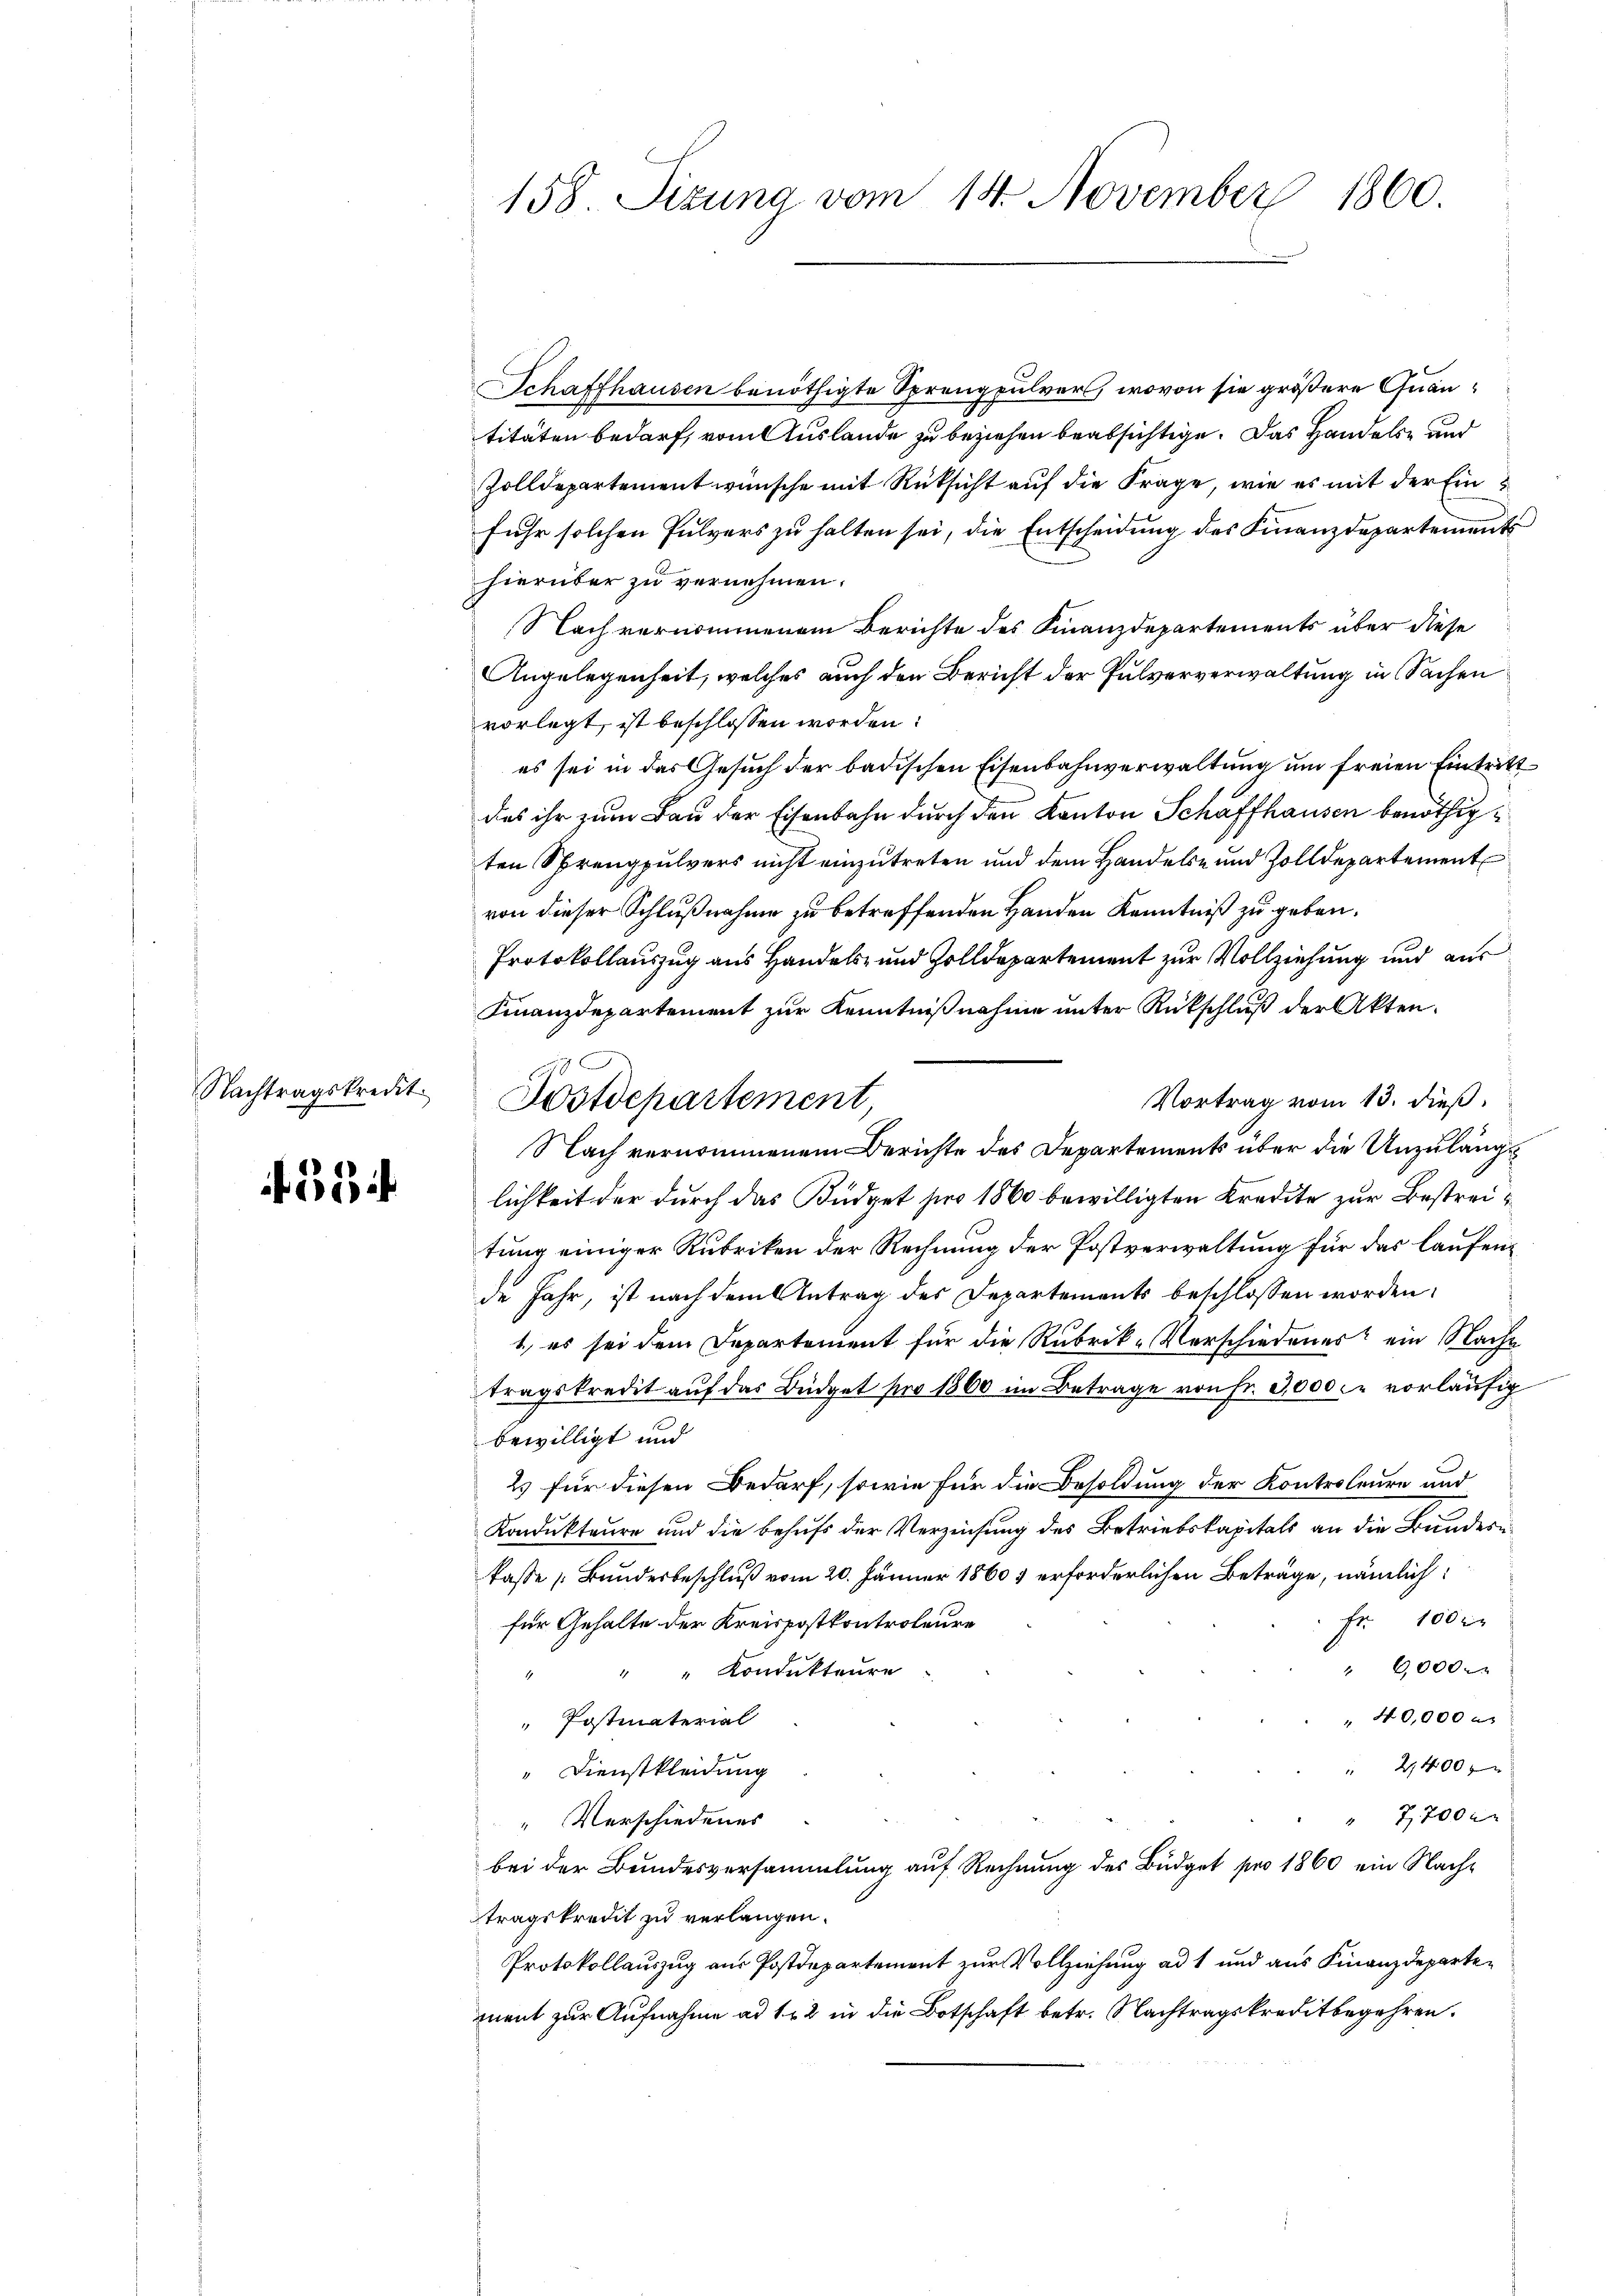
Nachtragskredit.

554

158. Sizung vom 14. November 1860.

Schaffhausen benöthigte Sprengpulvers, wovon sie größere Quantitäten bedarf, vom Auslande zu beziehen beabsichtige. Das Handels- und
Zolldepartement wünsche mit Rücksicht auf die Frage, wie es mit der Einfuhr solchen Pulvers zu halten sei, die Entscheidung des Finanzdepartements
hierüber zu vernehmen.
Nach vernommenen Berichte des Finanzdepartements über diese
Angelegenheit, welches auch den Bericht der Pulververwaltung in Sachen
vorlegt, ist beschlossen worden:
es sei in das Gesuch der badischen Eisenbahnverwaltung um freien Eintritt
des ihr zum Bau der Eisenbahn durch den Kanton Schaffhausen benöthigten Sprengpulvers nicht einzutreten und dem Handels- und Zolldepartement
von dieser Schlußnahme zu betreffenden Handen Kenntniß zu geben.
Protokollauszug aus Handels- und Zolldepartement zur Vollziehung und aus
Finanzdepartement zur Kenntnißnahme unter Rückschluß der Akten.
Vortrag vom 13. dieß.
Nach vernommenem Berichte des Departements über die Unzulängs
lichkeit der durch das Büdget pro 1860 bewilligten Kredite zur Bestreitung einiger Rubriken der Rechnung der Postverwaltung für das laufende Jahr, ist nach dem Antrag des Departements beschlossen worden,
1., es sei dem Departement für die Rubrik-Verschiedenes ein Nache
tragskredit auf das Büdget pro 1860 im Betrage von Fr. 3,000 c. vorläufig
bewilligt und
2) für diesen Bedarf, sowie für die Besoldung der Kontroleure und
Kondukteure und die behufs der Verzeichung des Betriebskapitals an die Bundeskasse „Bundesbeschluß vom 20. Jänner 1860 erforderlichen Beträge, nämlich:
 Fr. 100 r
für Gehalte der Kreispostkontroleure
" 6000.
" " Kondukteure
40,000 x
 Postmaterial
" 2400 f
Dienstkleidung
 7700 x
" Verschiedenes
bei der Bundesversammlung auf Rechnung des Büdget pro 1860 ein Nachtragskredit zu verlangen.
Protokollauszug aus Postdepartement zur Vollziehung ad 1 und aus Finanzdepartemnent zur Aufnahme ad 1. 22 in die Botschaft betr. Nachtragskreditbegehren.

Postdepartement